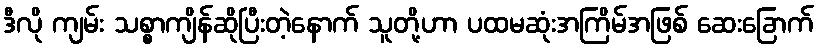
ဒီလို ကျမ်း သစ္စာကျိန်ဆိုပြီးတဲ့နောက် သူတို့ဟာ ပထမဆုံးအကြိမ်အဖြစ် ဆေးခြောက်